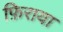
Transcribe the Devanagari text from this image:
फ़िराया